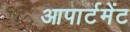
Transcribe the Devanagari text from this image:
आपार्टमेंट